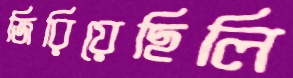
জিরিয়েছিলি